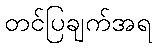
တင်ပြချက်အရ